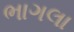
ભાગલા